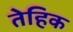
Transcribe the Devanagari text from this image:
तेहिक